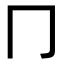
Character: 冂